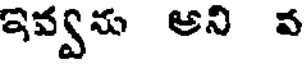
ఇవ్వను అని ప